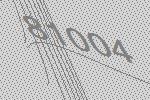
81004